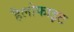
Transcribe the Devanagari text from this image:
हैलोफाइट